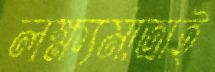
লক্ষ্যমাত্রাই